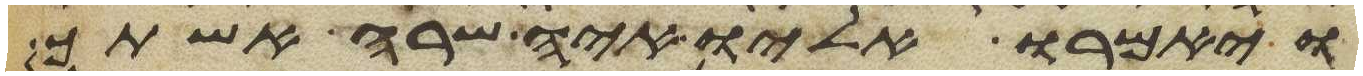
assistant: ויאמרו אליו איה שרה אשתך